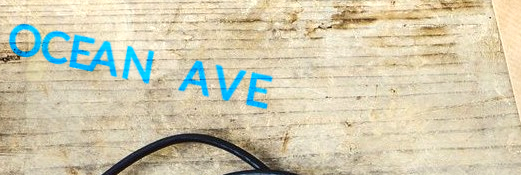
OCEAN AVE